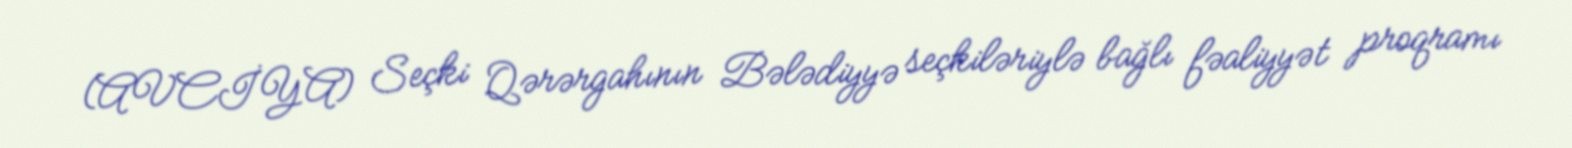
(AVCİYA) Seçki Qərərgahının Bələdiyyə seçkiləriylə bağlı fəaliyyət proqramı